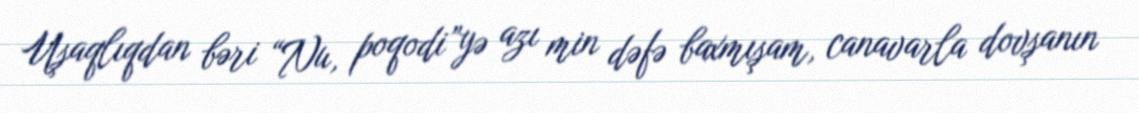
Uşaqlıqdan bəri “Nu, poqodi”yə azı min dəfə baxmışam, canavarla dovşanın